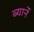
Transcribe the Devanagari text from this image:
ब्यार्ने